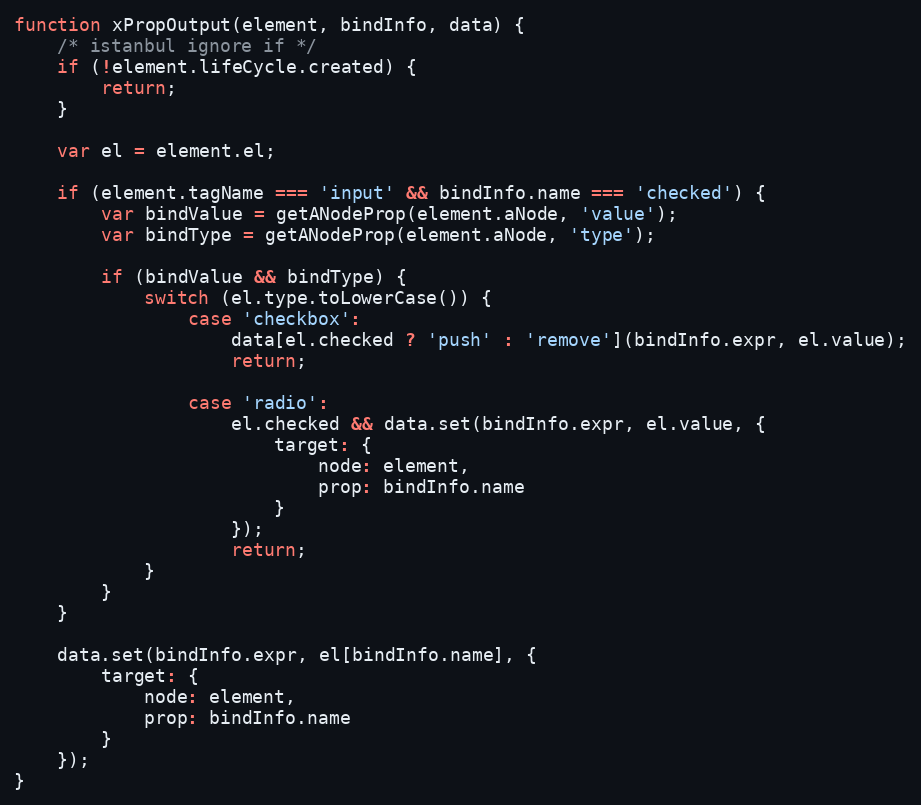
Language: JavaScript
function xPropOutput(element, bindInfo, data) {
    /* istanbul ignore if */
    if (!element.lifeCycle.created) {
        return;
    }

    var el = element.el;

    if (element.tagName === 'input' && bindInfo.name === 'checked') {
        var bindValue = getANodeProp(element.aNode, 'value');
        var bindType = getANodeProp(element.aNode, 'type');

        if (bindValue && bindType) {
            switch (el.type.toLowerCase()) {
                case 'checkbox':
                    data[el.checked ? 'push' : 'remove'](bindInfo.expr, el.value);
                    return;

                case 'radio':
                    el.checked && data.set(bindInfo.expr, el.value, {
                        target: {
                            node: element,
                            prop: bindInfo.name
                        }
                    });
                    return;
            }
        }
    }

    data.set(bindInfo.expr, el[bindInfo.name], {
        target: {
            node: element,
            prop: bindInfo.name
        }
    });
}